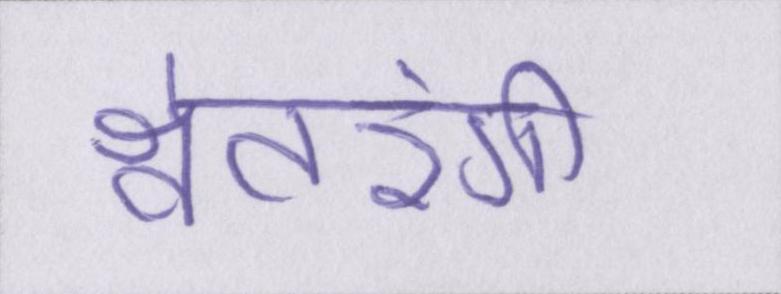
श्वेतरंगी